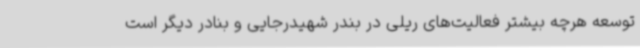
توسعه هرچه بیشتر فعالیت‌های ریلی در بندر شهیدرجایی و بنادر دیگر است